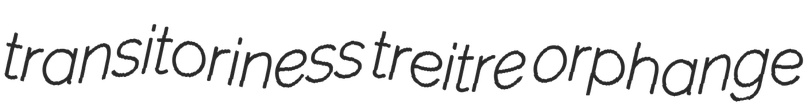
transitoriness treitre orphange